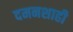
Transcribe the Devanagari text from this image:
दमनशाही